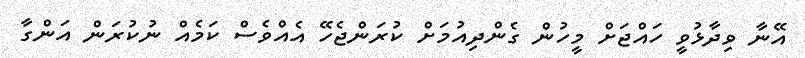
އޭނާ ވިދާޅުވީ ހައްޖަށް މީހުން ގެންދިއުމަށް ކުރަންޖެހޭ އެއްވެސް ކަމެއް ނުކުރަން އަންގާ